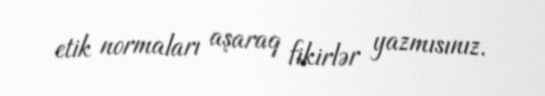
etik normaları aşaraq fikirlər yazmısınız.